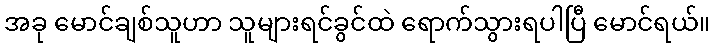
အခု မောင်ချစ်သူဟာ သူများရင်ခွင်ထဲ ရောက်သွားရပါပြီ မောင်ရယ်။